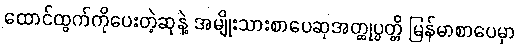
ထောင်ထွက်ကိုပေးတဲ့ဆုနဲ့ အမျိုးသားစာပေဆုအတ္ထုပ္ပတ္တိ မြန်မာစာပေမှာ